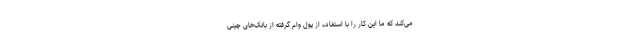
می‌کند که ما این کار را با استفاده از پول وام گرفته از بانک‌های چینی